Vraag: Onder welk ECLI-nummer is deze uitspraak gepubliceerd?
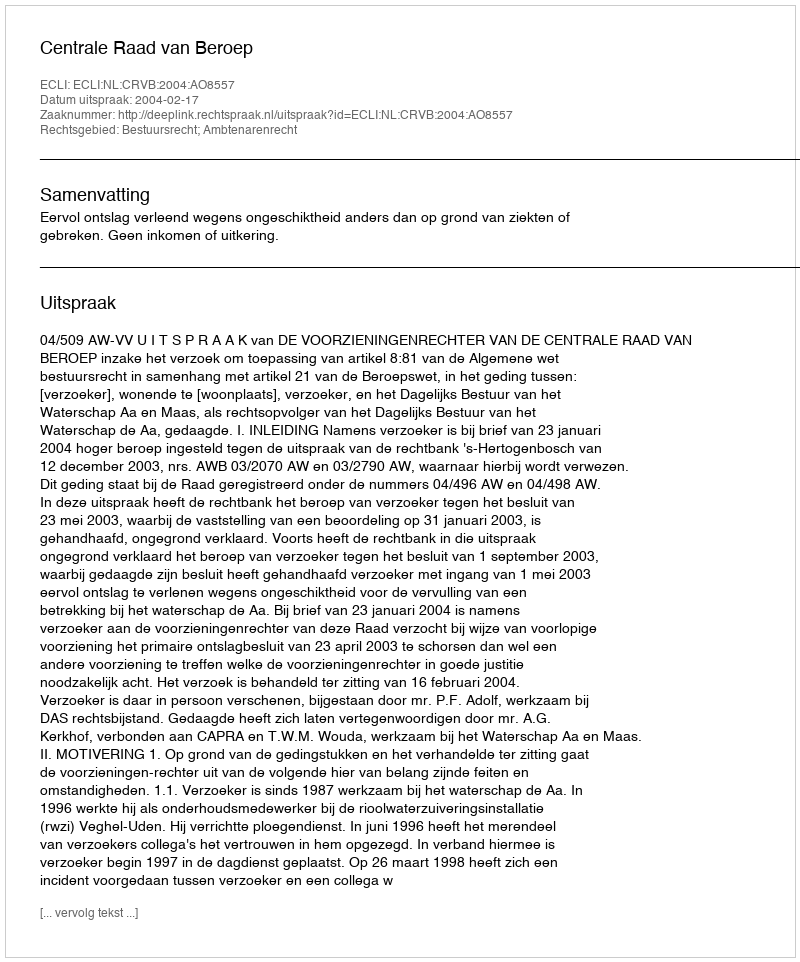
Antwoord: ECLI:NL:CRVB:2004:AO8557